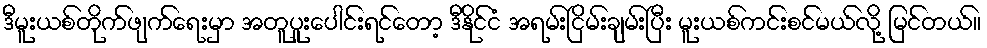
ဒီမူးယစ်တိုက်ဖျက်ရေးမှာ အတူပူးပေါင်းရင်တော့ ဒီနိုင်ငံ အရမ်းငြိမ်းချမ်းပြီး မူးယစ်ကင်းစင်မယ်လို့ မြင်တယ်။